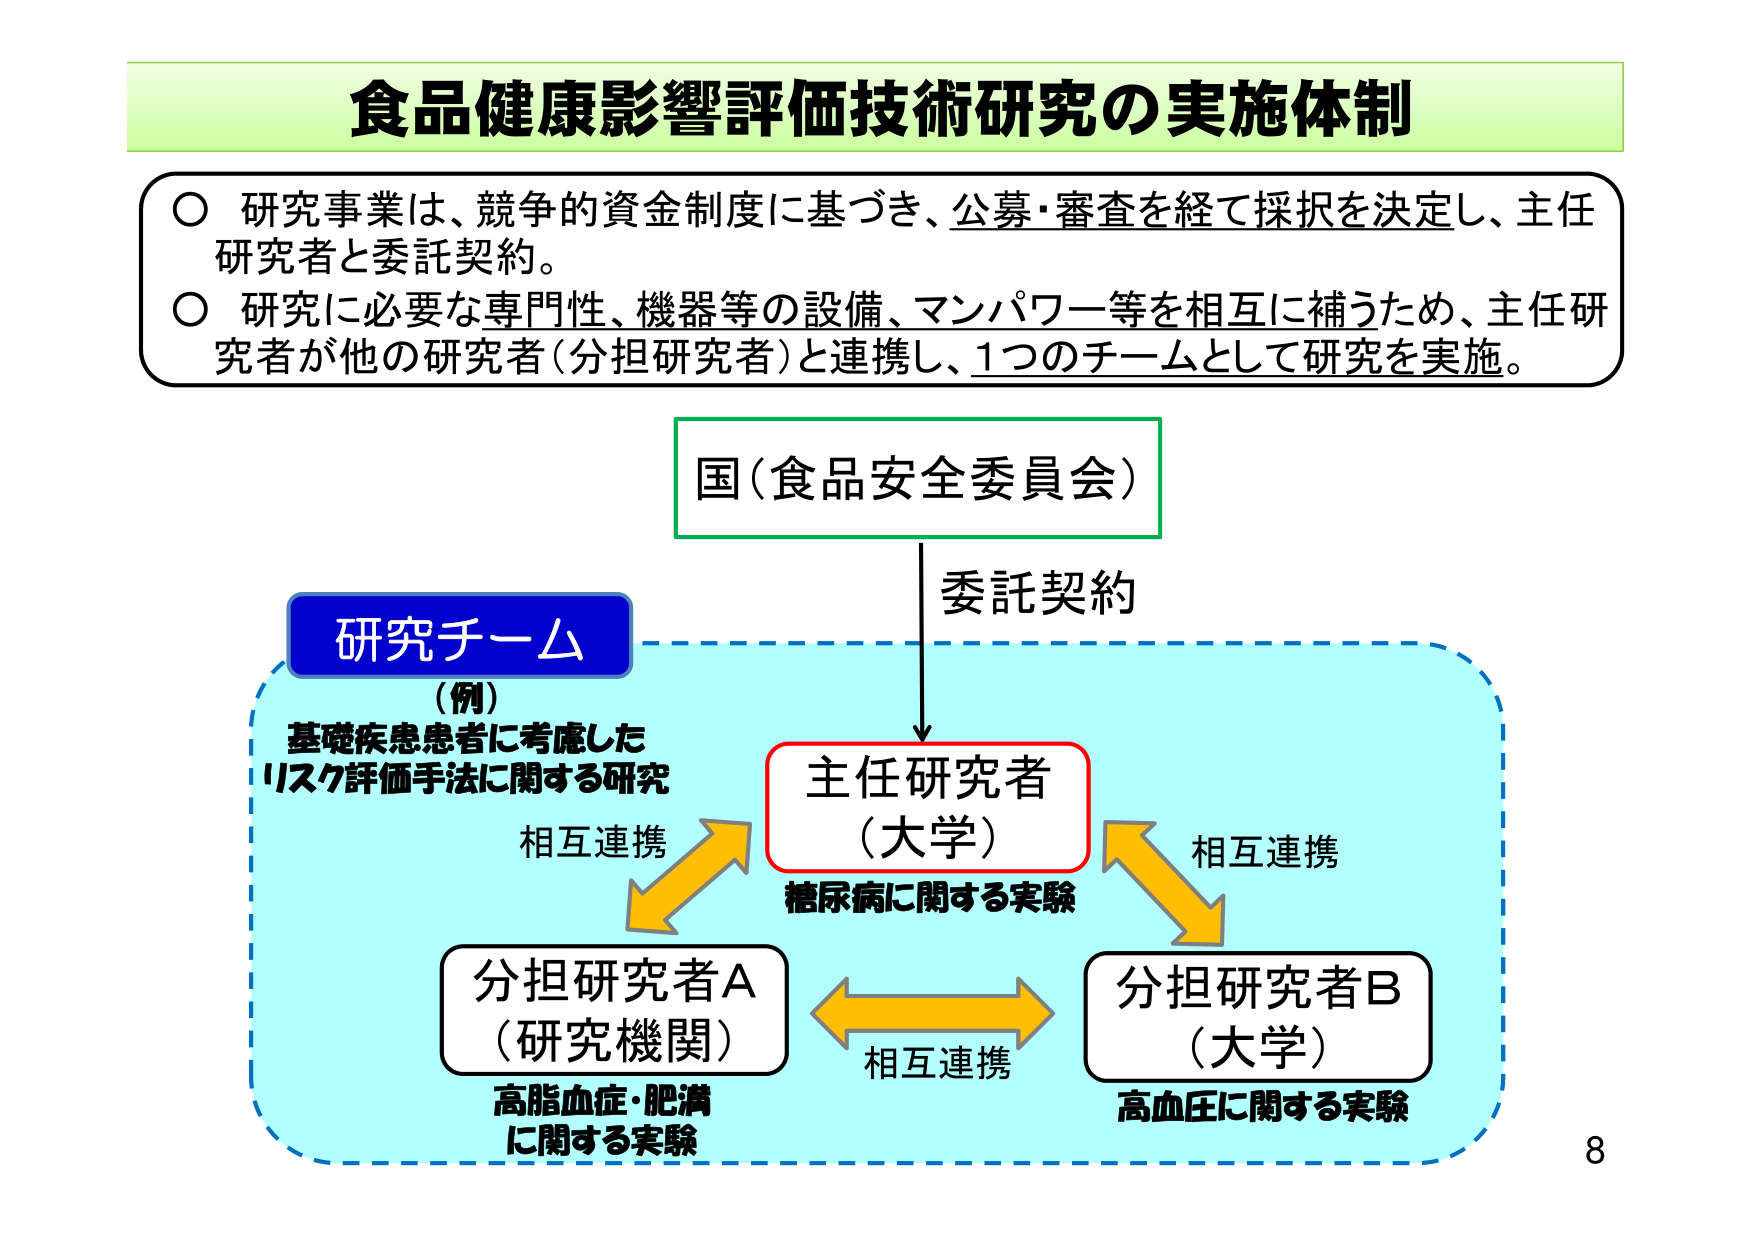
食品健康影響評価技術研究の実施体制

○ 研究事業は、競争的資金制度に基づき、公募・審査を経て採択を決定し、主任研究者と委託契約。
○ 研究に必要な専門性、機器等の設備、マンパワー等を相互に補うため、主任研究者が他の研究者（分担研究者）と連携し、1つのチームとして研究を実施。

国（食品安全委員会）
委託契約

研究チーム
（例）
基礎疾患患者に考慮した
リスク評価手法に関する研究

主任研究者
（大学）
糖尿病に関する実験

分担研究者A
（研究機関）
高脂血症・肥満
に関する実験

分担研究者B
（大学）
高血圧に関する実験

相互連携
相互連携
相互連携

8